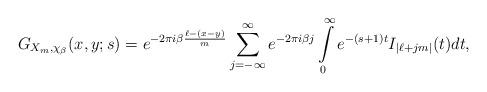
LaTeX: \begin{align*}G_{X_{m},\chi_{\beta}}(x,y;s)= e^{-2\pi i \beta \frac{\ell - (x-y)}{m}} \sum_{j=-\infty}^{\infty} e^{-2\pi i \beta j}\int\limits_{0}^{\infty}e^{-(s+1)t} I_{|\ell+jm|}(t)dt,\end{align*}